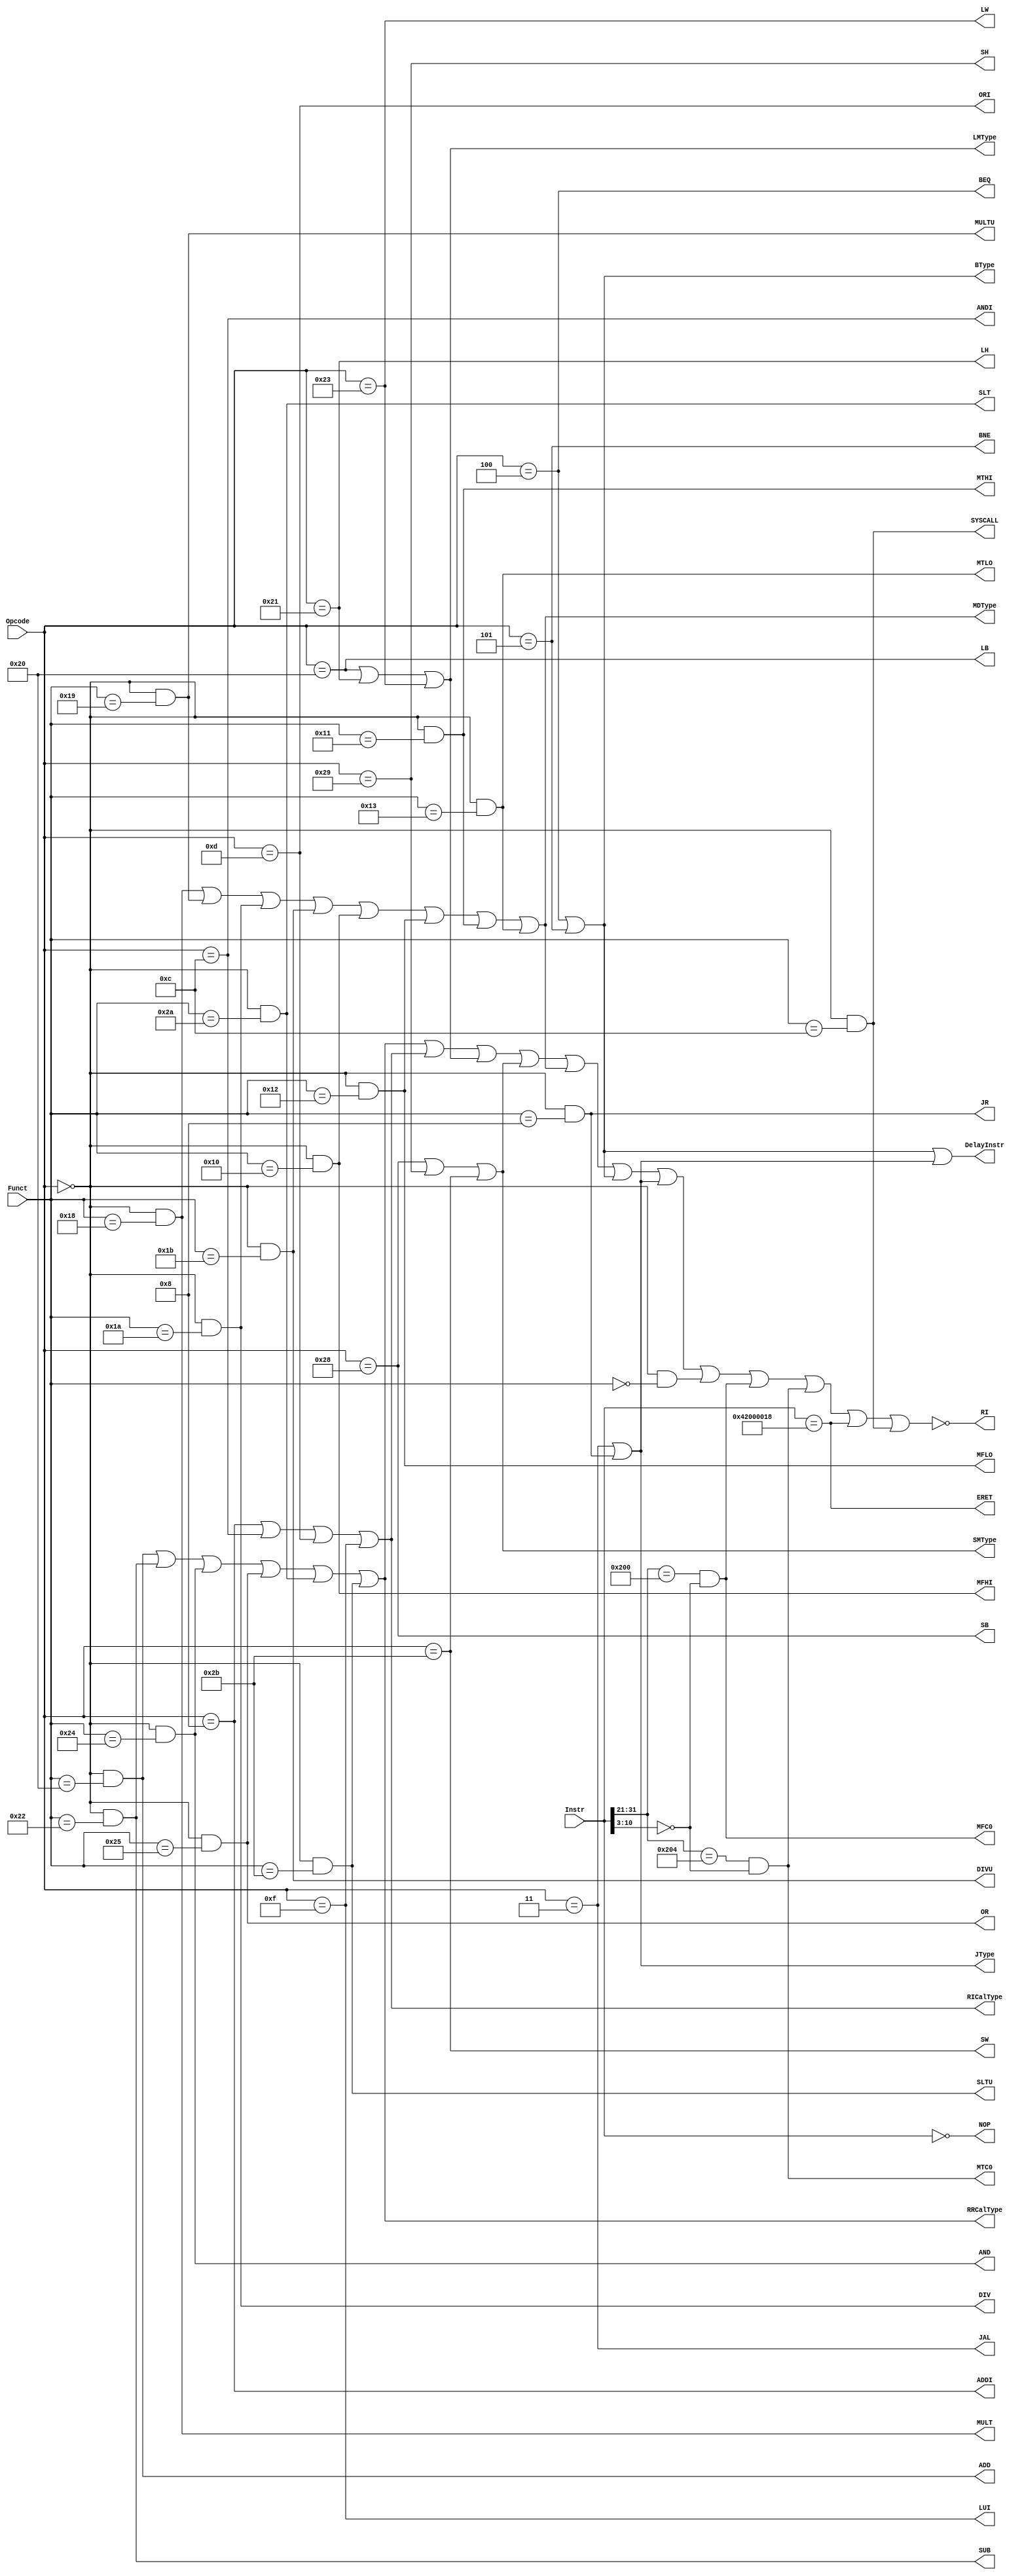
`timescale 1ns / 1ps
`default_nettype none
module TypeDecoder (
    input wire [31:0] Instr,
    input wire [5:0] Opcode, Funct,

    output wire RRCalType, ADD, SUB, AND, OR, SLT, SLTU,
    output wire RICalType, ADDI, ANDI, ORI, LUI,
    output wire LMType, LB, LH, LW,
    output wire SMType, SB, SH, SW,
    output wire MDType, MULT, MULTU, DIV, DIVU, MFHI, MFLO, MTHI, MTLO,
    output wire BType, BEQ, BNE,
    output wire JType, JAL, JR,
    output wire NOP,
    output wire MFC0, MTC0, ERET, 

    output wire DelayInstr,
    output wire SYSCALL,
    output wire RI
);
    assign RRCalType = ADD | SUB | AND | OR | SLT | SLTU;
    assign ADD = (Opcode == 6'b000000) && (Funct == 6'b100000);
    assign SUB = (Opcode == 6'b000000) && (Funct == 6'b100010);
    assign AND = (Opcode == 6'b000000) && (Funct == 6'b100100);
    assign OR = (Opcode == 6'b000000) && (Funct == 6'b100101);
    assign SLT = (Opcode == 6'b000000) && (Funct == 6'b101010);
    assign SLTU = (Opcode == 6'b000000) && (Funct == 6'b101011);

    assign RICalType = ADDI | ANDI | ORI | LUI; 
    assign ADDI = (Opcode == 6'b001000);
    assign ANDI = (Opcode == 6'b001100);
    assign ORI = (Opcode == 6'b001101);
    assign LUI = (Opcode == 6'b001111);

    assign LMType = LB | LH | LW;
    assign LB = (Opcode == 6'b100000);
    assign LH = (Opcode == 6'b100001);
    assign LW = (Opcode == 6'b100011);

    assign SMType = SB | SH | SW;
    assign SB = (Opcode == 6'b101000);
    assign SH = (Opcode == 6'b101001);
    assign SW = (Opcode == 6'b101011);

    assign MDType = MULT | MULTU | DIV | DIVU | MFHI | MFLO | MTHI | MTLO;
    assign MULT = (Opcode == 6'b000000) && (Funct == 6'b011000);
    assign MULTU = (Opcode == 6'b000000) && (Funct == 6'b011001);
    assign DIV = (Opcode == 6'b000000) && (Funct == 6'b011010);
    assign DIVU = (Opcode == 6'b000000) && (Funct == 6'b011011);
    assign MFHI = (Opcode == 6'b000000) && (Funct == 6'b010000);
    assign MFLO = (Opcode == 6'b000000) && (Funct == 6'b010010);
    assign MTHI = (Opcode == 6'b000000) && (Funct == 6'b010001);
    assign MTLO = (Opcode == 6'b000000) && (Funct == 6'b010011);

    assign BType = BEQ | BNE;
    assign BEQ = (Opcode == 6'b000100);
    assign BNE = (Opcode == 6'b000101);

    assign JType = JAL | JR;
    assign JAL = (Opcode == 6'b000011);
    assign JR = (Opcode == 6'b000000) && (Funct == 6'b001000);

    assign NOP = (Instr == 32'd0);

    assign MFC0 = (Instr[31:21] == 11'b010000_00000) && (Instr[10:3] == 8'b00000000);
    assign MTC0 = (Instr[31:21] == 11'b010000_00100) && (Instr[10:3] == 8'b00000000);
    assign ERET = (Instr == 32'h42000018);
    assign SYSCALL = (Opcode == 6'b000000) && (Funct == 6'b001100);

    assign DelayInstr = (BType | JType);
    assign RI = !(RRCalType | RICalType | LMType |
                SMType | MDType | BType | JType |
                (Opcode == 6'd0 && Funct == 6'd0) | MFC0 | MTC0 | ERET | SYSCALL);
endmodule